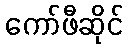
ကော်ဖီဆိုင်